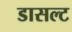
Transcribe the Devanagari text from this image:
डासल्ट